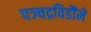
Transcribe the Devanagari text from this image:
पञ्चद्रविडौंमे